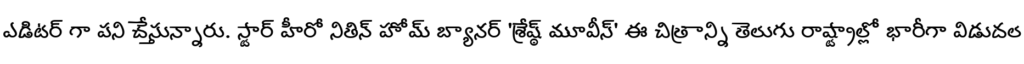
ఎడిటర్ గా పని చేస్తున్నారు. స్టార్ హీరో నితిన్ హోమ్ బ్యానర్ 'శ్రేష్ఠ్ మూవీస్' ఈ చిత్రాన్ని తెలుగు రాష్ట్రాల్లో భారీగా విడుదల